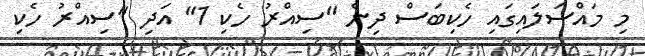
މި މައްސަލައިގައި ހެކިބަސް ދިން "ސިއްރު ހެކި 1" އަދި "ސިއްރު ހެކި